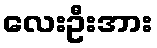
လေးဦးအား